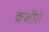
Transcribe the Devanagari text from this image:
कशीरी